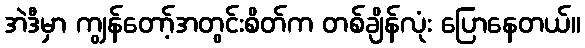
အဲဒီမှာ ကျွန်တော့်အတွင်းစိတ်က တစ်ချိန်လုံး ပြောနေတယ်။